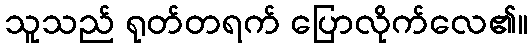
သူသည် ရုတ်တရက် ပြောလိုက်လေ၏။